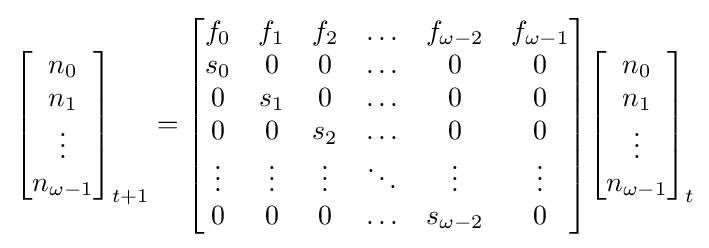
{\begin{bmatrix}n_{0}\\n_{1}\\\vdots \\n_{\omega -1}\\\end{bmatrix}}_{t+1}={\begin{bmatrix}f_{0}&f_{1}&f_{2}&\ldots &f_{\omega -2}&f_{\omega -1}\\s_{0}&0&0&\ldots &0&0\\0&s_{1}&0&\ldots &0&0\\0&0&s_{2}&\ldots &0&0\\\vdots &\vdots &\vdots &\ddots &\vdots &\vdots \\0&0&0&\ldots &s_{\omega -2}&0\end{bmatrix}}{\begin{bmatrix}n_{0}\\n_{1}\\\vdots \\n_{\omega -1}\end{bmatrix}}_{t}